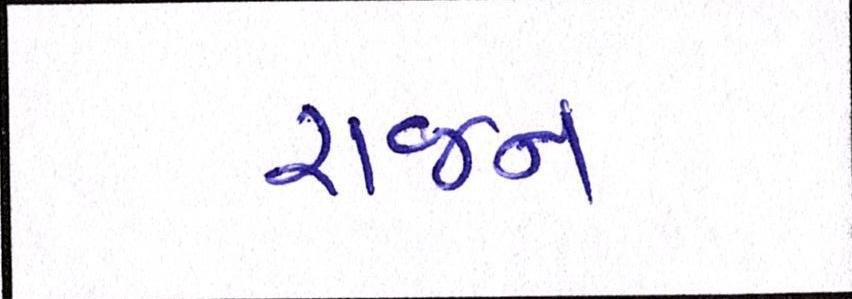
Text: રાજન